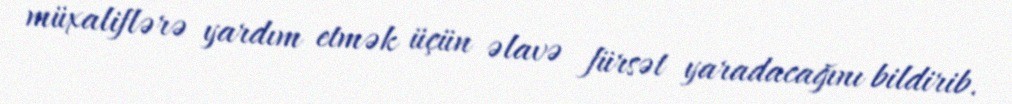
müxaliflərə yardım etmək üçün əlavə fürsət yaradacağını bildirib.